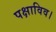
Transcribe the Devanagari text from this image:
पक्षाविव।